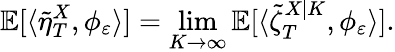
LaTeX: \mathbb{E}[\langle\tilde{\eta}_{T}^{X},\phi_{\varepsilon}\rangle]=\operatorname*{lim}_{K\to\infty}\mathbb{E}[\langle\tilde{\zeta}_{T}^{X|K},\phi_{\varepsilon}\rangle].